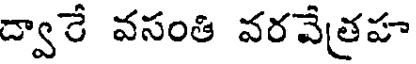
ద్వారే వసంతి వరవేత్రహ